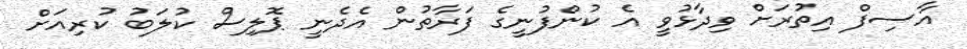
އާސިފް އިތުރަށް ވިދާޅުވީ އެ ކުންފުނީގެ ފަރާތުން އެދެނީ ޕޮލިސް ކުލަބު ކުރިއަށް